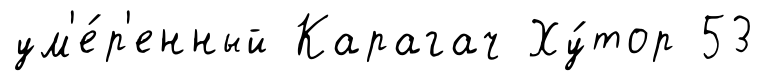
ум'е́р'енный Карагач Ху́тор 53